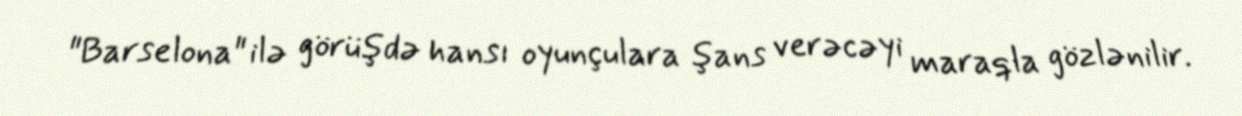
"Barselona" ilə görüşdə hansı oyunçulara şans verəcəyi maraqla gözlənilir.